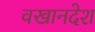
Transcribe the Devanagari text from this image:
वखानदेश